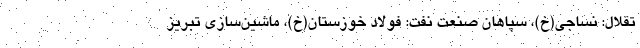
تقلال: نساجی(خ)، سپاهان صنعت نفت: فولاد خوزستان(خ)، ماشین‌سازی تبریز